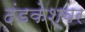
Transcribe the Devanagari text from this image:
दंडकेश्वर